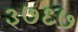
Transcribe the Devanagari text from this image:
३७९७